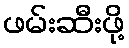
ဖမ်းဆီးဖို့